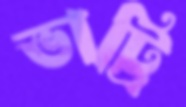
ভাট্রি